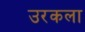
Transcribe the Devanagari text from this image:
उरकला